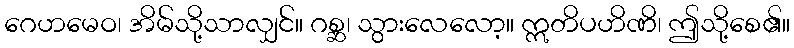
ဂေဟမေဝ၊ အိမ်သို့သာလျှင်။ ဂစ္ဆ၊ သွားလေလော့။ ဣတိပဟိဏိ၊ ဤသို့စေ၏။